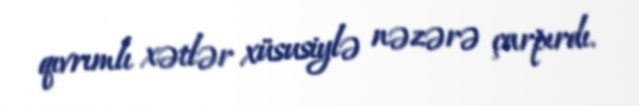
qıvrımlı xətlər xüsusiylə nəzərə çarpırdı.